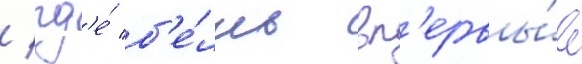
/ гд'е́ б'е́лль вп'ервы́е